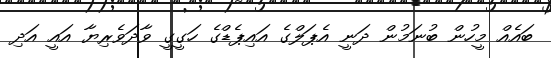
ބައެއް މީހުން ބުނަމުން ދަނީ އެޕަލްގެ އައިޕެޑްގެ ހަގީގީ ވާދަވެރިޔާ އައީ އަދި